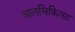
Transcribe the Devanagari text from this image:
बालचिकित्सा